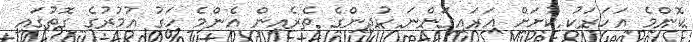
ކޮންމެ އަހަރަކު ކުށަަށް އަރައިގަންނަ ކުދިންގެ ތެރެއިން އެންމެ ހަގު އުމުރުގެ ގޮތުގައި